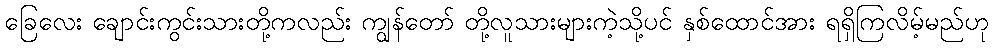
ခြေလေး ချောင်းကွင်းသားတို့ကလည်း ကျွန်တော် တို့လူသားများကဲ့သို့ပင် နှစ်ထောင်အား ရရှိကြလိမ့်မည်ဟု